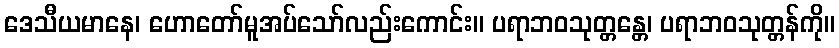
ဒေသီယမာနေ၊ ဟောတော်မူအပ်သော်လည်းကောင်း။ ပရာဘဝသုတ္တန္တေ၊ ပရာဘဝသုတ္တန်ကို။